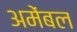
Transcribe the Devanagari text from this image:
अमेंबल